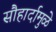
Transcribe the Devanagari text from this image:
सौहार्दामुळे